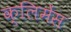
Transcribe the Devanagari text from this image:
क्लिमेंस